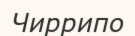
Чиррипо